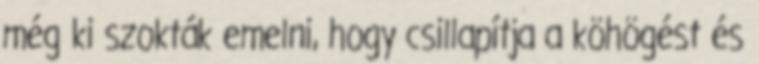
még ki szokták emelni, hogy csillapítja a köhögést és